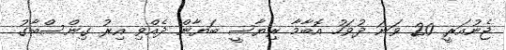
ޖެނުއަރީ 20 ވަނަ ދުވަހު އޮބާމާ ރިޔާސީ ބަޔާން ދެއްވި އިރު ގިންސްބާގު